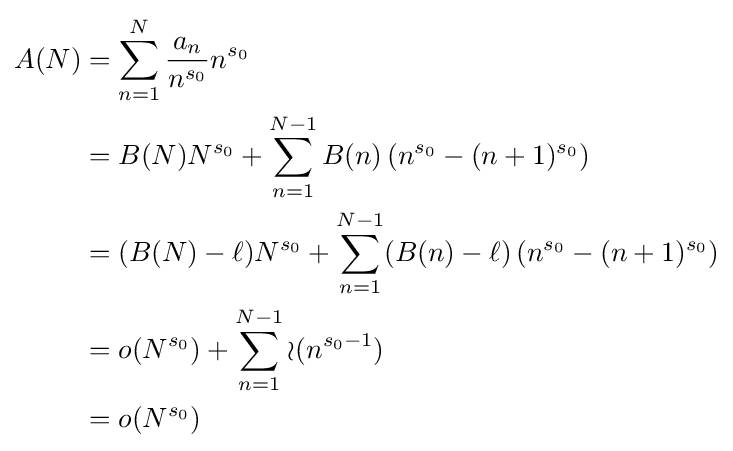
{\begin{aligned}A(N)&=\sum _{n=1}^{N}{\frac {a_{n}}{n^{s_{0}}}}n^{s_{0}}\\&=B(N)N^{s_{0}}+\sum _{n=1}^{N-1}B(n)\left(n^{s_{0}}-(n+1)^{s_{0}}\right)\\&=(B(N)-\ell )N^{s_{0}}+\sum _{n=1}^{N-1}(B(n)-\ell )\left(n^{s_{0}}-(n+1)^{s_{0}}\right)\\&=o(N^{s_{0}})+\sum _{n=1}^{N-1}{\mathcal {o}}(n^{s_{0}-1})\\&=o(N^{s_{0}})\end{aligned}}